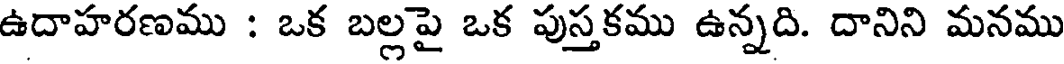
ఉదాహరణము : ఒక బల్లపై ఒక పుస్తకము ఉన్నది. దానిని మనము